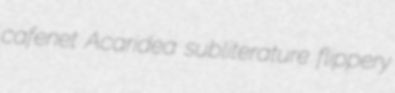
cafenet Acaridea subliterature flippery